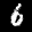
Label: 6